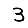
Digit: 3